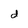
Character: d